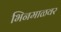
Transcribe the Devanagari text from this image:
भिनमाळवर